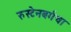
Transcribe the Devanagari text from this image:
रुस्टेनबर्गचा